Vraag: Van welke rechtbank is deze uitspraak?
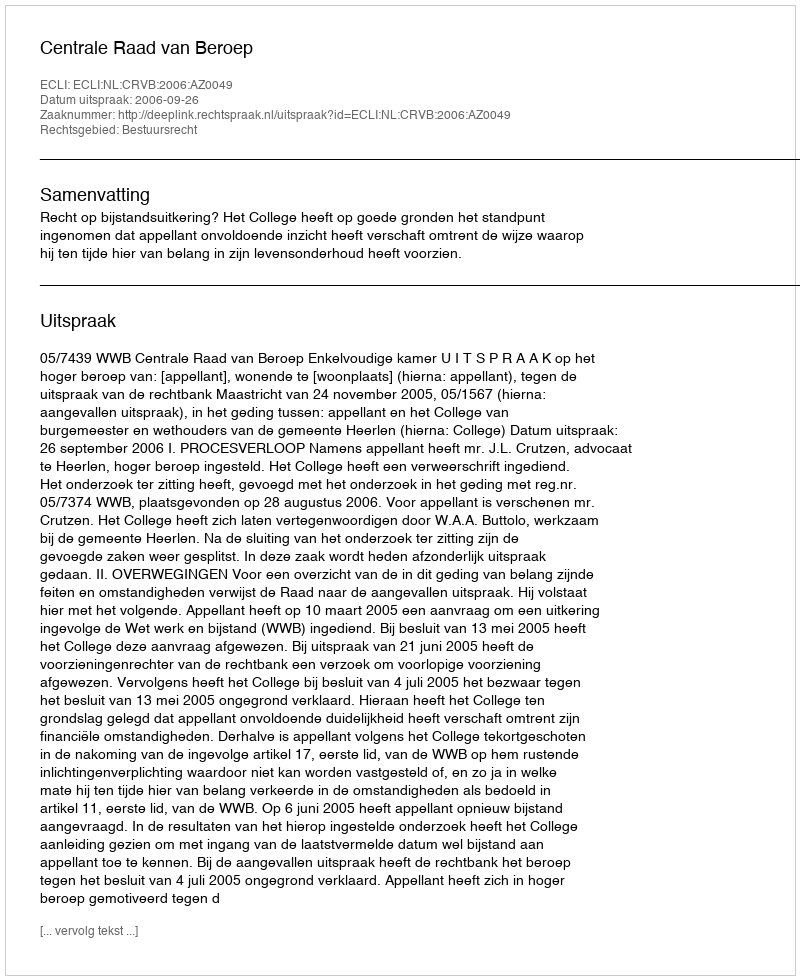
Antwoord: Centrale Raad van Beroep